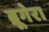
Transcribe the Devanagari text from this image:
ब्रूगेरा